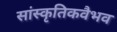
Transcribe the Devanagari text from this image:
सांस्कृतिकवैभव